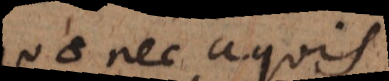
quae nec aquis